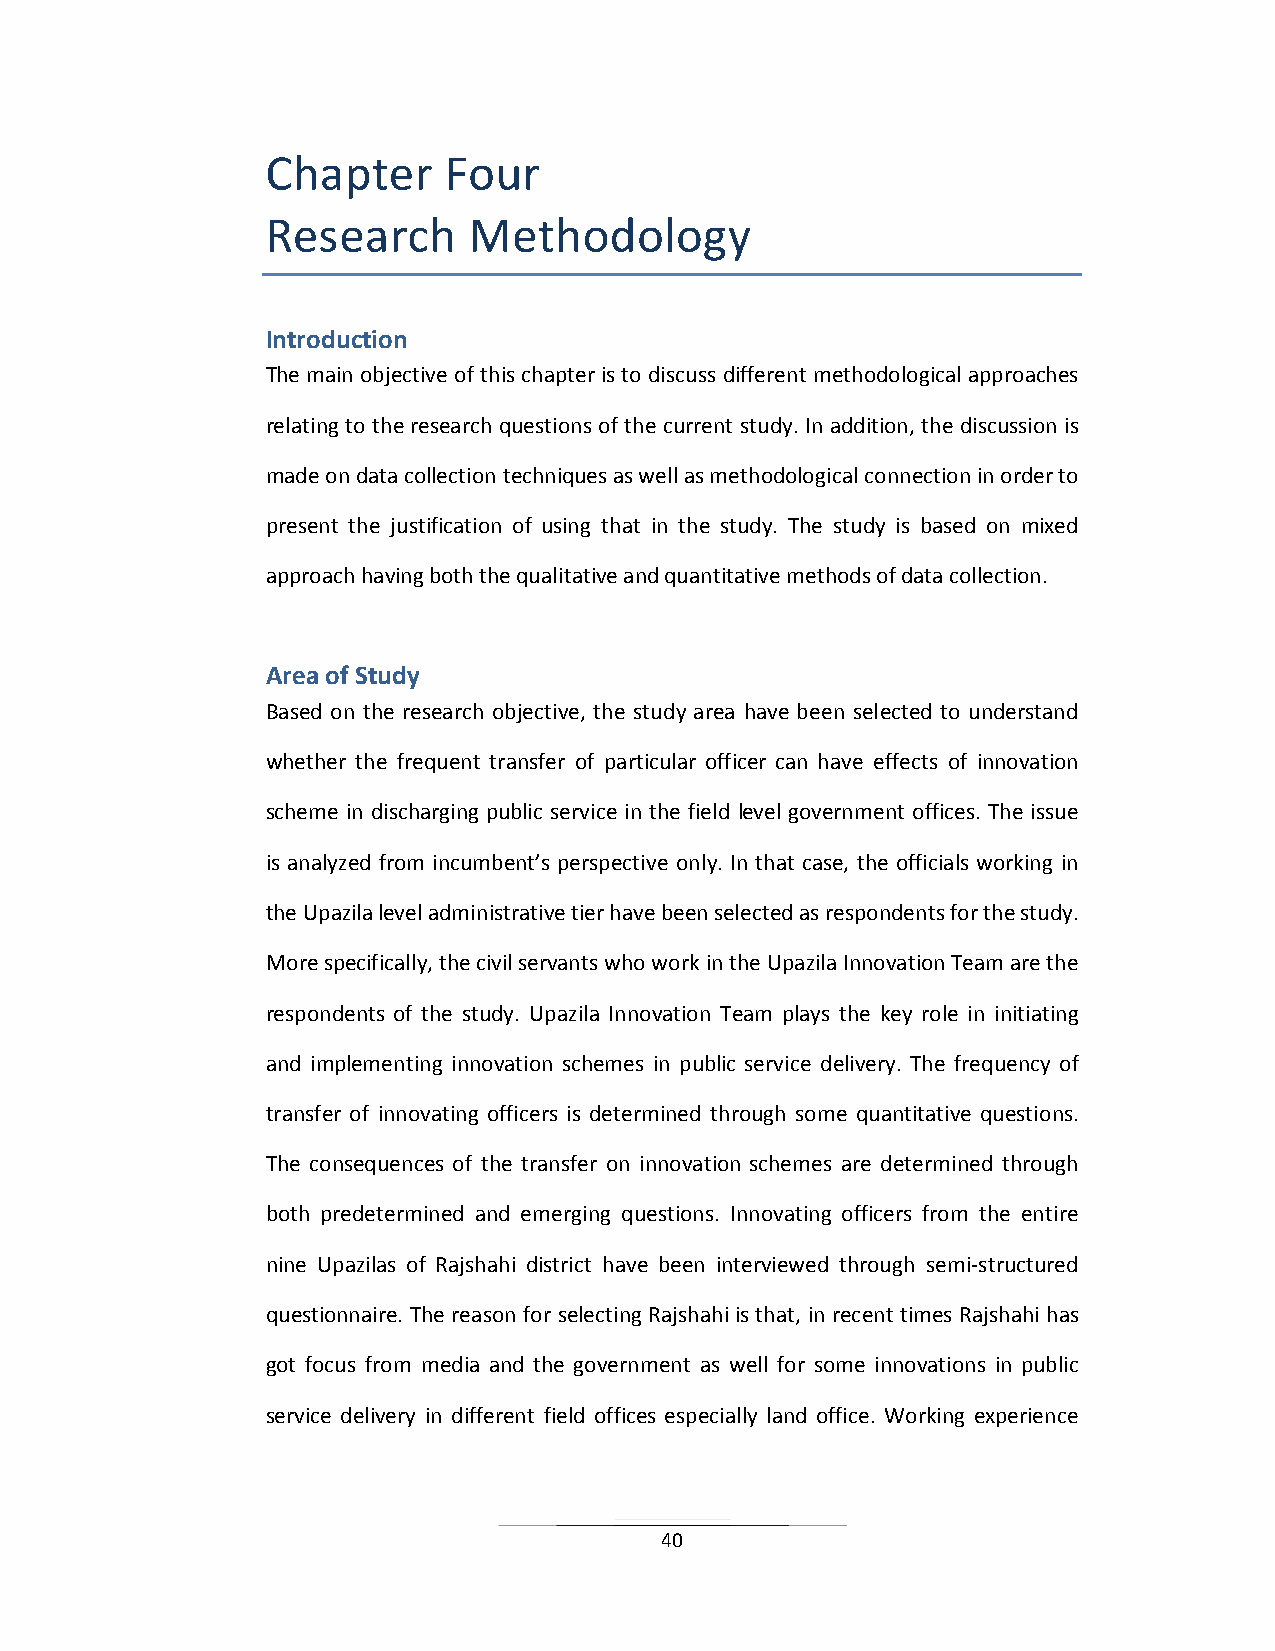
Chapter    Four
 Research     Methodology
 Introduction
 The main objective of this chapter is to discuss different methodological approaches
 relating to the research questions of the current study. In addition, the discussion is
 made on data collection techniques as well as methodological connection in order to
 present the justification of using that in the study. The study is based on mixed
 approach having both the qualitative and quantitative methods of data collection.
 Area of Study
 Based on the research objective, the study area have been selected to understand
 whether the frequent transfer of particular officer can have effects of innovation
 scheme in discharging public service in the field level government offices. The issue
 is analyzed from incumbent’s perspective only. In that case, the officials working in
 the Upazila level administrative tier have been selected as respondents for the study.
 More specifically, the civil servants who work in the Upazila Innovation Team are the
 respondents of the study. Upazila Innovation Team plays the key role in initiating
 and implementing innovation schemes in public service delivery. The frequency of
 transfer of innovating officers is determined through some quantitative questions.
 The consequences of the transfer on innovation schemes are determined through
 both predetermined and emerging questions. Innovating officers from the entire
 nine Upazilas of Rajshahi district have been interviewed through semi-structured
 questionnaire. The reason for selecting Rajshahi is that, in recent times Rajshahi has
 got focus from media and the government as well for some innovations in public
 service delivery in different field offices especially land office. Working experience
 40